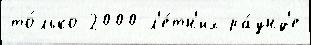
то́лько 2000 л'е́тн'их ра́унд'е